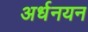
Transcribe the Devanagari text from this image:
अर्धनयन